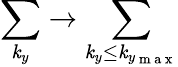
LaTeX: \sum_{\mathit{k}_{y}}\rightarrow\sum_{\mathit{k}_{y}\le\mathit{k}_{y_{\mathrm{{~m~a~x~}}}}}